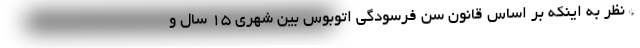
* نظر به اینکه بر اساس قانون سن فرسودگی اتوبوس بین شهری ۱۵ سال و